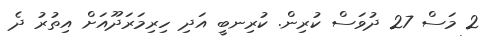
2 މަސް 27 ދުވަސް ކުރިން. ކުރިނބީ އަދި ހިރިމަރަދޫއަށް އިތުރު ދެ